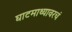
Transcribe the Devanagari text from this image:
घाटमाथ्यावरचं